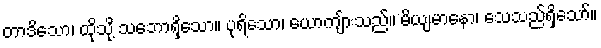
တာဒိသော၊ ထိုသို့ သဘောရှိသော။ ပုရိသော၊ ယောကျ်ားသည်။ မိယျမာနော၊ သေသည်ရှိသော်။